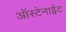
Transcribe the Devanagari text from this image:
ऑस्टेनाईट